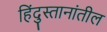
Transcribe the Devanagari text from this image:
हिंदुस्तानांतील